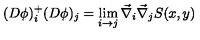
( D \phi ) _ { i } ^ { + } ( D \phi ) _ { j } = \lim _ { i \rightarrow j } \vec { \nabla } _ { i } \vec { \nabla } _ { j } S ( x , y )